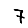
Digit: 7